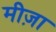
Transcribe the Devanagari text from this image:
मीज़ा